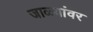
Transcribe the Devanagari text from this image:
जाळ्यांवर